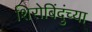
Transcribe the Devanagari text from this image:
शिरोबिंदुंच्या